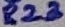
Text: R23